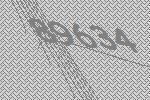
89634